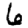
Digit: 6